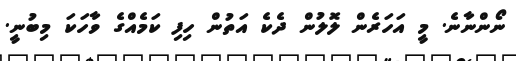
ނޯންނާނެ. މީ އަހަރެން ލޮލުން ދެކެ އަތުން ހިފި ކަމެއްގެ ވާހަކަ މިބުނީ.